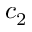
c _ { 2 }